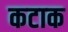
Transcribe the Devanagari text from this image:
कटाक